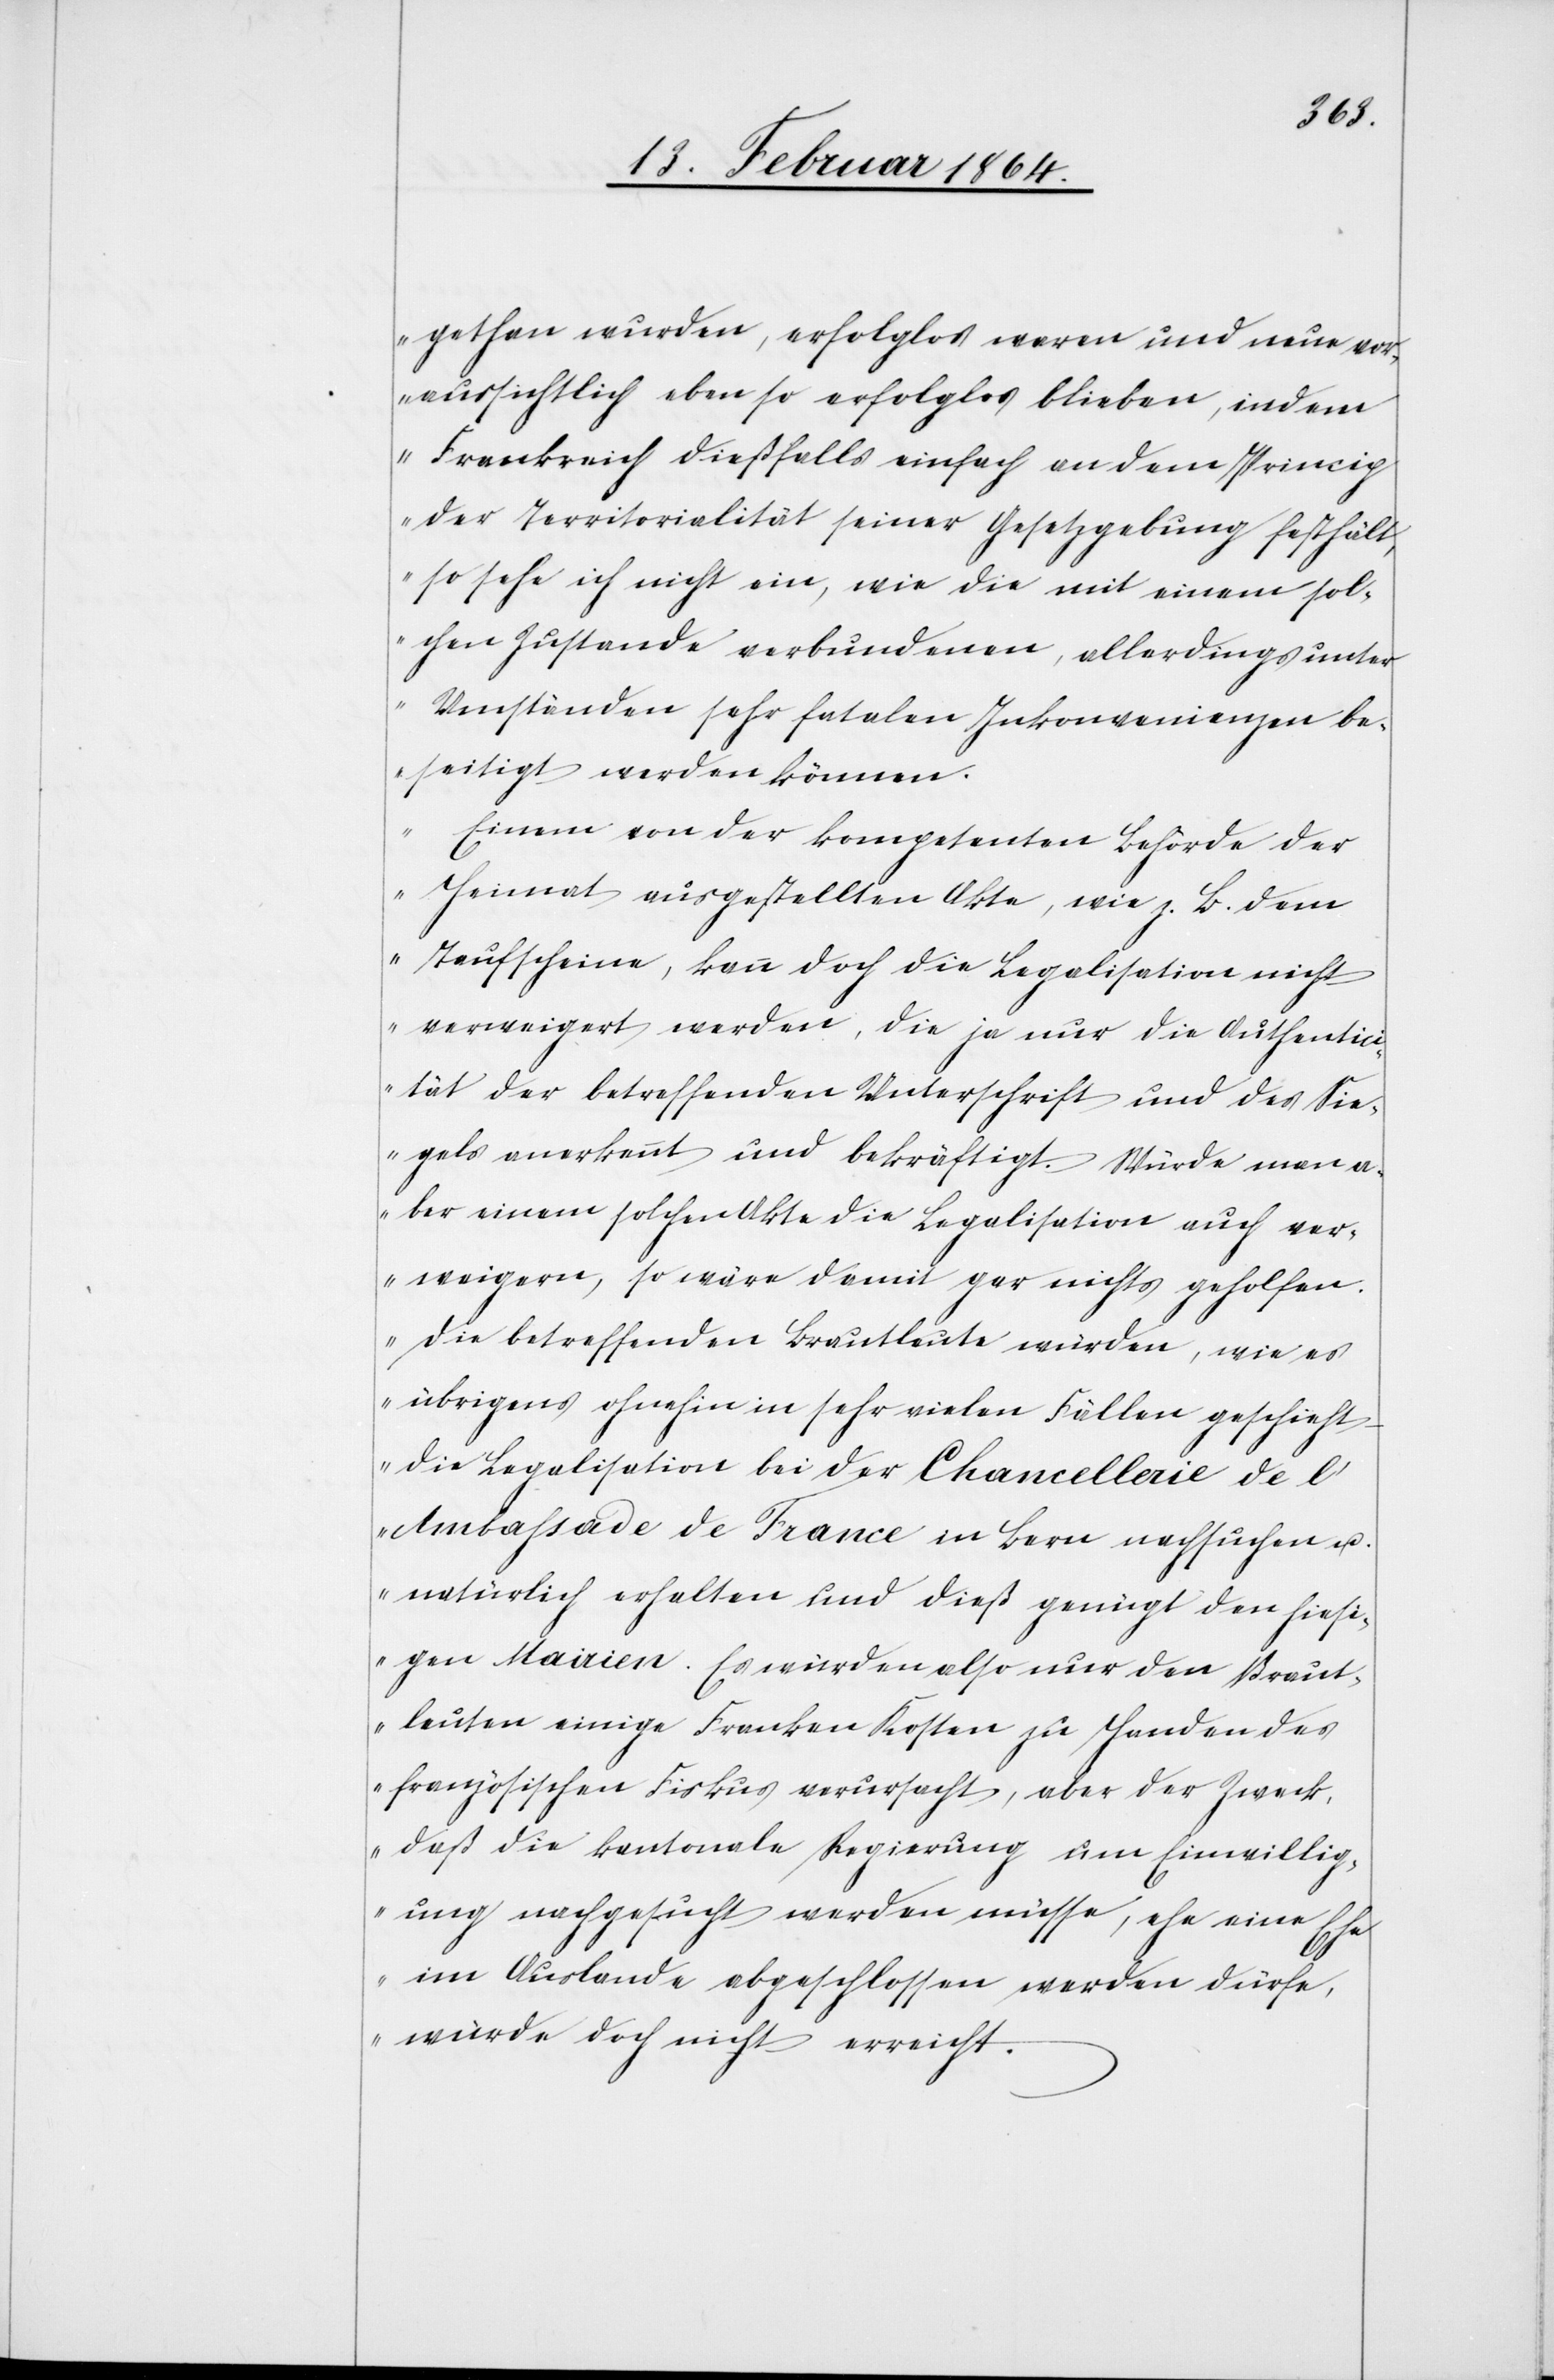
gethan wurden, erfolglos waren und neue vor¬
aussichtlich eben so erfolglos blieben, indem
Frankreich dießfalls einfach an dem Princip
der Territorialität seiner Gesetzgebung festhält,
so sehe ich nicht ein, wie die mit einem sol¬
chen Zustande verbundenen, allerdings unter
Umständen sehr fatalen Inkonvenienzen be¬
seitigt werden können.
Einem von der kompetenten Behörde der
Heimat ausgestellten Akte, wie z. B. dem
Taufscheine, kann doch die Legalisation nicht
verweigert werden, die ja nur die Authentic¬
ität der betreffenden Unterschrift und des Sie¬
gels anerkennt und bekräftigt. Würde man a¬
ber einem solchen Akte die Legalisation auch ver¬
weigern, so wäre damit gar nichts geholfen.
Die betreffenden Brautleute würden, wie es
übrigens ohnehin in sehr vielen Fällen geschieht,
die Legalisation bei der Chancellerie de l’A¬
mbassade de France in Bern nachsuchen u.
natürlich erhalten und dieß genügt den hiesi¬
gen Mairien. Es würden also nur den Braut¬
leuten einige Franken Kosten zu Handen des
französischen Fiskus verursacht, aber der Zweck,
daß die kantonale Regierung um Einwillig¬
ung nachgesucht werden müsse, ehe eine Ehe
im Auslande abgeschlossen werden dürfe,
würde doch nicht erreicht.